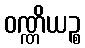
ဝဏ္ဏိယဉ္စ